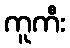
ကူကီး